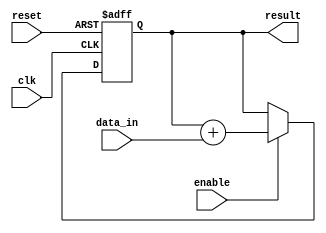
module parallel_accumulator (
    input wire clk,
    input wire reset,
    input wire enable,
    input wire [7:0] data_in,
    output reg [15:0] result
);

reg [15:0] accumulator;

always @(posedge clk or posedge reset) begin
    if (reset)
        accumulator <= 16'h0000;
    else if (enable)
        accumulator <= accumulator + {8'd0, data_in};
end

assign result = accumulator;

endmodule